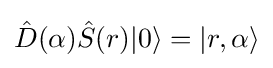
{\hat {D}}(\alpha ){\hat {S}}(r)|0\rangle =|r,\alpha \rangle